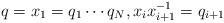
LaTeX: \begin{align*}q=x_1=q_1\cdots q_N,x_ix_{i+1}^{-1}=q_{i+1}\end{align*}